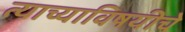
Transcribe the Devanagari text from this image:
त्याच्याविषयीचे